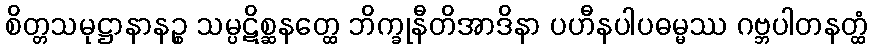
စိတ္တသမုဋ္ဌာနာနဉ္စ သမ္ပဋိစ္ဆနတ္ထေ ဘိက္ခုနီတိအာဒိနာ ပဟီနပါပဓမ္မဿ ဂဗ္ဘပါတနတ္ထံ